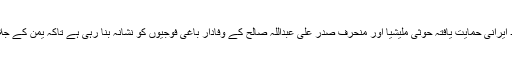
اس سال مارچ سے سعودی عرب کی قیادت میں عرب اتحاد ایرانی حمایت یافتہ حوثی ملیشیا اور منحرف صدر علی عبداللہ صالح کے وفادار باغی فوجیوں کو نشانہ بنا رہی ہے تاکہ یمن کے جلاوطن صدر کی آئینی حکومت کو دوبارہ بحال کیا جا سکے۔